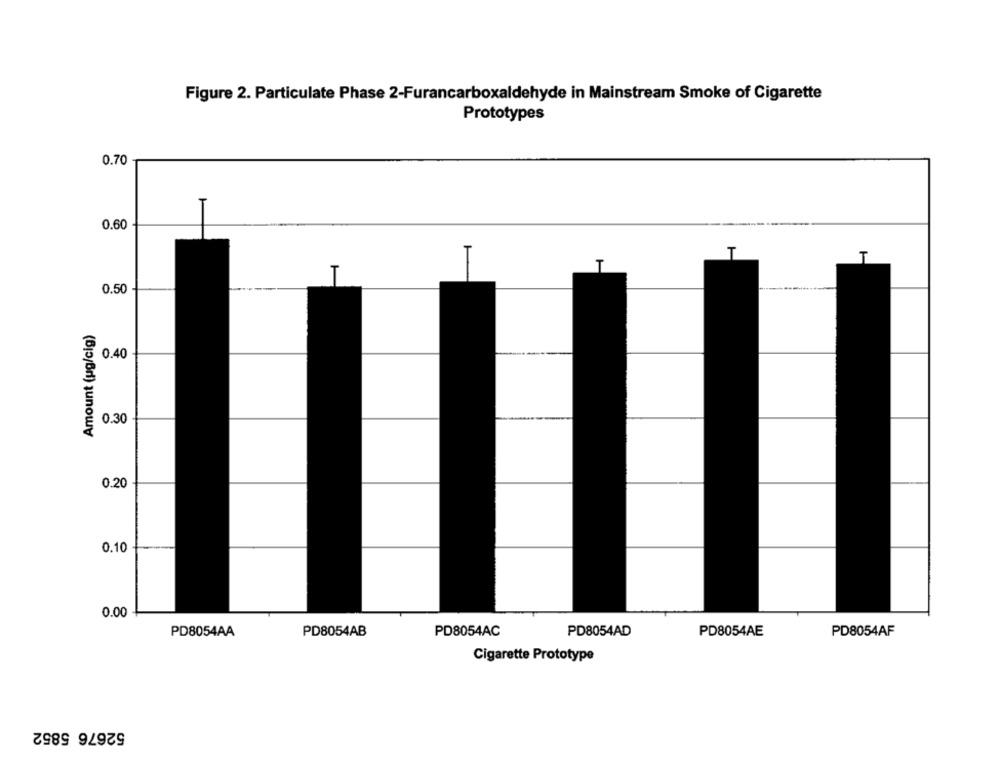
Figure 2. Particulate Phase 2-Furancarboxaldehyde in Mainstream Smoke of Cigarette
Prototypes
0.70
0.60
T
T
0.50
Amount (ug/cig)
0.40
0.30
0.20
0.10
0.00
PD8054AB
PD8054AC
PD8054AD
PD8054AE
PD8054AF
PD8054AA
Cigarette Prototype
52676 5852